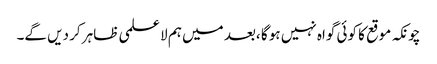
چونکہ موقع کا کوئی گواہ نہیں ہو گا ،بعد میں ہم لا علمی ظاہر کر دیں گے۔